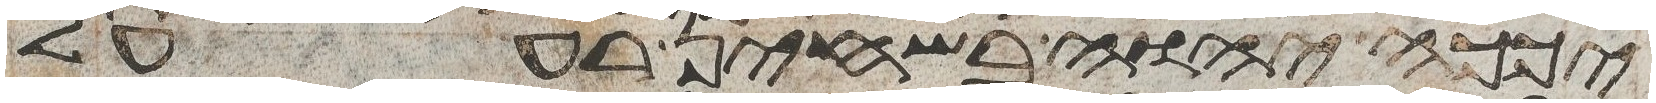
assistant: יכך יהוה בשחין רע על